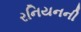
રનિયનની